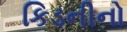
કિડનીનો